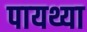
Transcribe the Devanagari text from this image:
पायथ्या